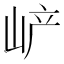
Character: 𡶴